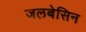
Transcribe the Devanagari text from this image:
जलबेसिन